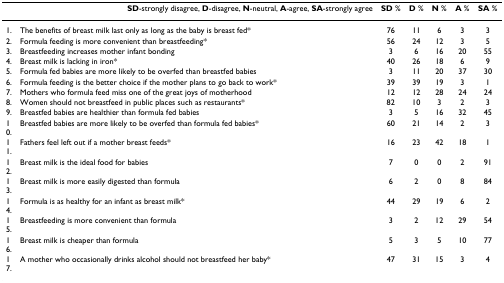
|  | SD-strongly disagree, D-disagree, N-neutral, A-agree, SA-strongly agree | SD % | D % | N % | A % | SA % |
 | --- | --- | --- | --- | --- | --- | --- |
 | 1. | The benefits of breast milk last only as long as the baby is breast fed* | 76 | 11 | 6 | 3 | 3 |
 | 2. | Formula feeding is more convenient than breastfeeding* | 56 | 24 | 12 | 3 | 5 |
 | 3. | Breastfeeding increases mother infant bonding | 3 | 6 | 16 | 20 | 55 |
 | 4. | Breast milk is lacking in iron* | 40 | 26 | 18 | 6 | 9 |
 | 5. | Formula fed babies are more likely to be overfed than breastfed babies | 3 | 11 | 20 | 37 | 30 |
 | 6. | Formula feeding is the better choice if the mother plans to go back to work* | 39 | 39 | 19 | 3 | 1 |
 | 7. | Mothers who formula feed miss one of the great joys of motherhood | 12 | 12 | 28 | 24 | 24 |
 | 8. | Women should not breastfeed in public places such as restaurants* | 82 | 10 | 3 | 2 | 3 |
 | 9. | Breastfed babies are healthier than formula fed babies | 3 | 5 | 16 | 32 | 45 |
 | 10. | Breastfed babies are more likely to be overfed than formula fed babies* | 60 | 21 | 14 | 2 | 3 |
 | 11. | Fathers feel left out if a mother breast feeds* | 16 | 23 | 42 | 18 | 1 |
 | 12. | Breast milk is the ideal food for babies | 7 | 0 | 0 | 2 | 91 |
 | 13. | Breast milk is more easily digested than formula | 6 | 2 | 0 | 8 | 84 |
 | 14. | Formula is as healthy for an infant as breast milk* | 44 | 29 | 19 | 6 | 2 |
 | 15. | Breastfeeding is more convenient than formula | 3 | 2 | 12 | 29 | 54 |
 | 16. | Breast milk is cheaper than formula | 5 | 3 | 5 | 10 | 77 |
 | 17. | A mother who occasionally drinks alcohol should not breastfeed her baby* | 47 | 31 | 15 | 3 | 4 |